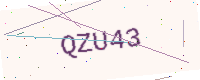
Text: QZU43